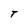
Character: T